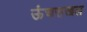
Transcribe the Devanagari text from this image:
ऊंचसखल